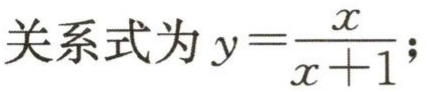
关系式为 \(y = \frac{x}{x + 1}\);